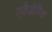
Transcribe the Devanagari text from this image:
एकैडेमिक